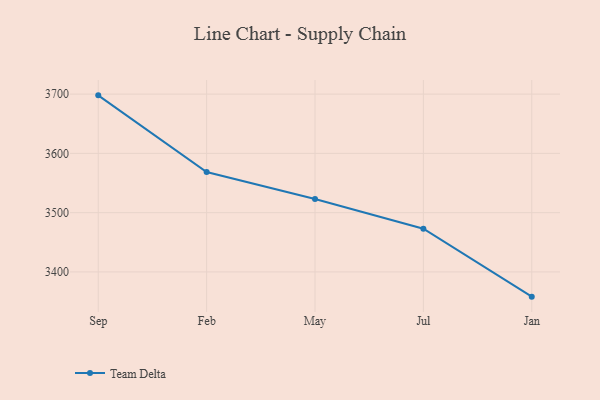
{"axis": {"x": "Month", "y": "Headcount"}, "legend": ["Team Delta"], "data": [{"x": "Sep", "y": 3697.9, "type": "Team Delta"}, {"x": "Feb", "y": 3568.5, "type": "Team Delta"}, {"x": "May", "y": 3522.9, "type": "Team Delta"}, {"x": "Jul", "y": 3472.9, "type": "Team Delta"}, {"x": "Jan", "y": 3358.3, "type": "Team Delta"}]}